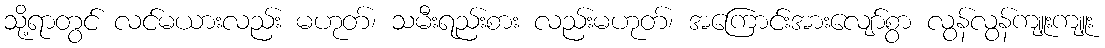
သို့ရာတွင် လင်မယားလည်း မဟုတ်၊ သမီးရည်းစား လည်းမဟုတ်၊ အကြောင်းအားလျော်စွာ လွန်လွန်ကျူးကျူး